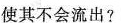
使其不会流出?